Report on the bubonic plague in Bombay, 1896-1897
Year: 1896
Disease focus: Plague
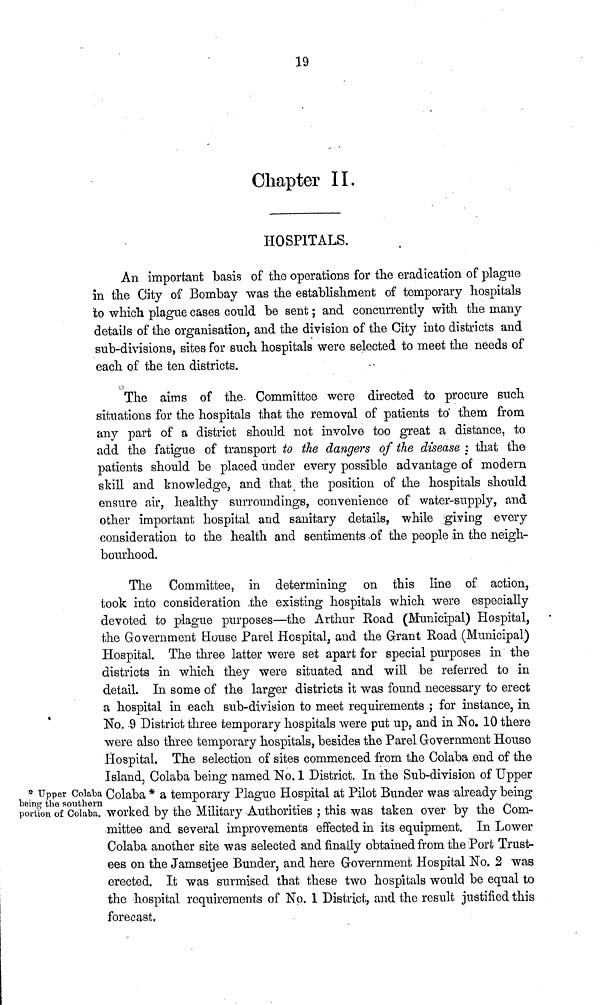
19
Chapter II.
HOSPITALS.
An important basis of the operations for the eradication of plague
in the City of Bombay was the establishment of temporary hospitals
to which plague cases could be sent ; and concurrently with the many
details of the organisation, and the division of the City into districts and
sub-divisions, sites for such hospitals were selected to meet the needs of
each of the ten districts.
o
The aims of the. Committee were directed to procure such
situations for the hospitals that the removal of patients to them from
any part of a district should not involve too great a distance, to
add the fatigue of transport to the dangers of the disease ; that the
patients should be placed under every possible advantage of modern
skill and knowledge, and that the position of the hospitals should
ensure air, healthy surroundings, convenience of water-supply, and
other important hospital and sanitary details, while giving every
consideration to the health and sentiments of the people in the neigh-
bourhood.
The Committee, in determining on this line of action,
took into consideration the existing hospitals which were especially
devoted to plague purposes—the Arthur Road (Municipal) Hospital,
the Government Eouse Parel Hospital, and the Grant Road (Municipal)
Hospital. The three latter were set apart for special purposes in the
districts in which they were situated and will be referred to in
detail. In some of the larger districts it was found necessary to erect
a hospital in each sub-division to meet requirements ; for instance, in
No. 9 District three temporary hospitals were put up, and in No. 10 there
were also three temporary hospitals, besides the Parel Government House
Hospital. The selection of sites commenced from the Colaba end of the
Island, Colaba being named No. 1 District. In the Sub-division of Upper°
Upper Colaba
being the southern
portion of Colaba.
Colaba * a temporary Plague Hospital at Pilot Bunder was already being
worked by the Military Authorities ; this was taken over by the Com-
mittee and several improvements effected in its equipment. In Lower
Colaba another site was selected and finally obtained from the Port Trust-
ees on the Jamsetjee Bunder, and here Government Hospital No. 2 was
erected. It was surmised that these two hospitals would be equal to
the hospital requirements of No. 1 District, and the result justified this
forecast,